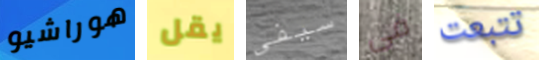
هوراشيو يقل سيفى فى تتبعت